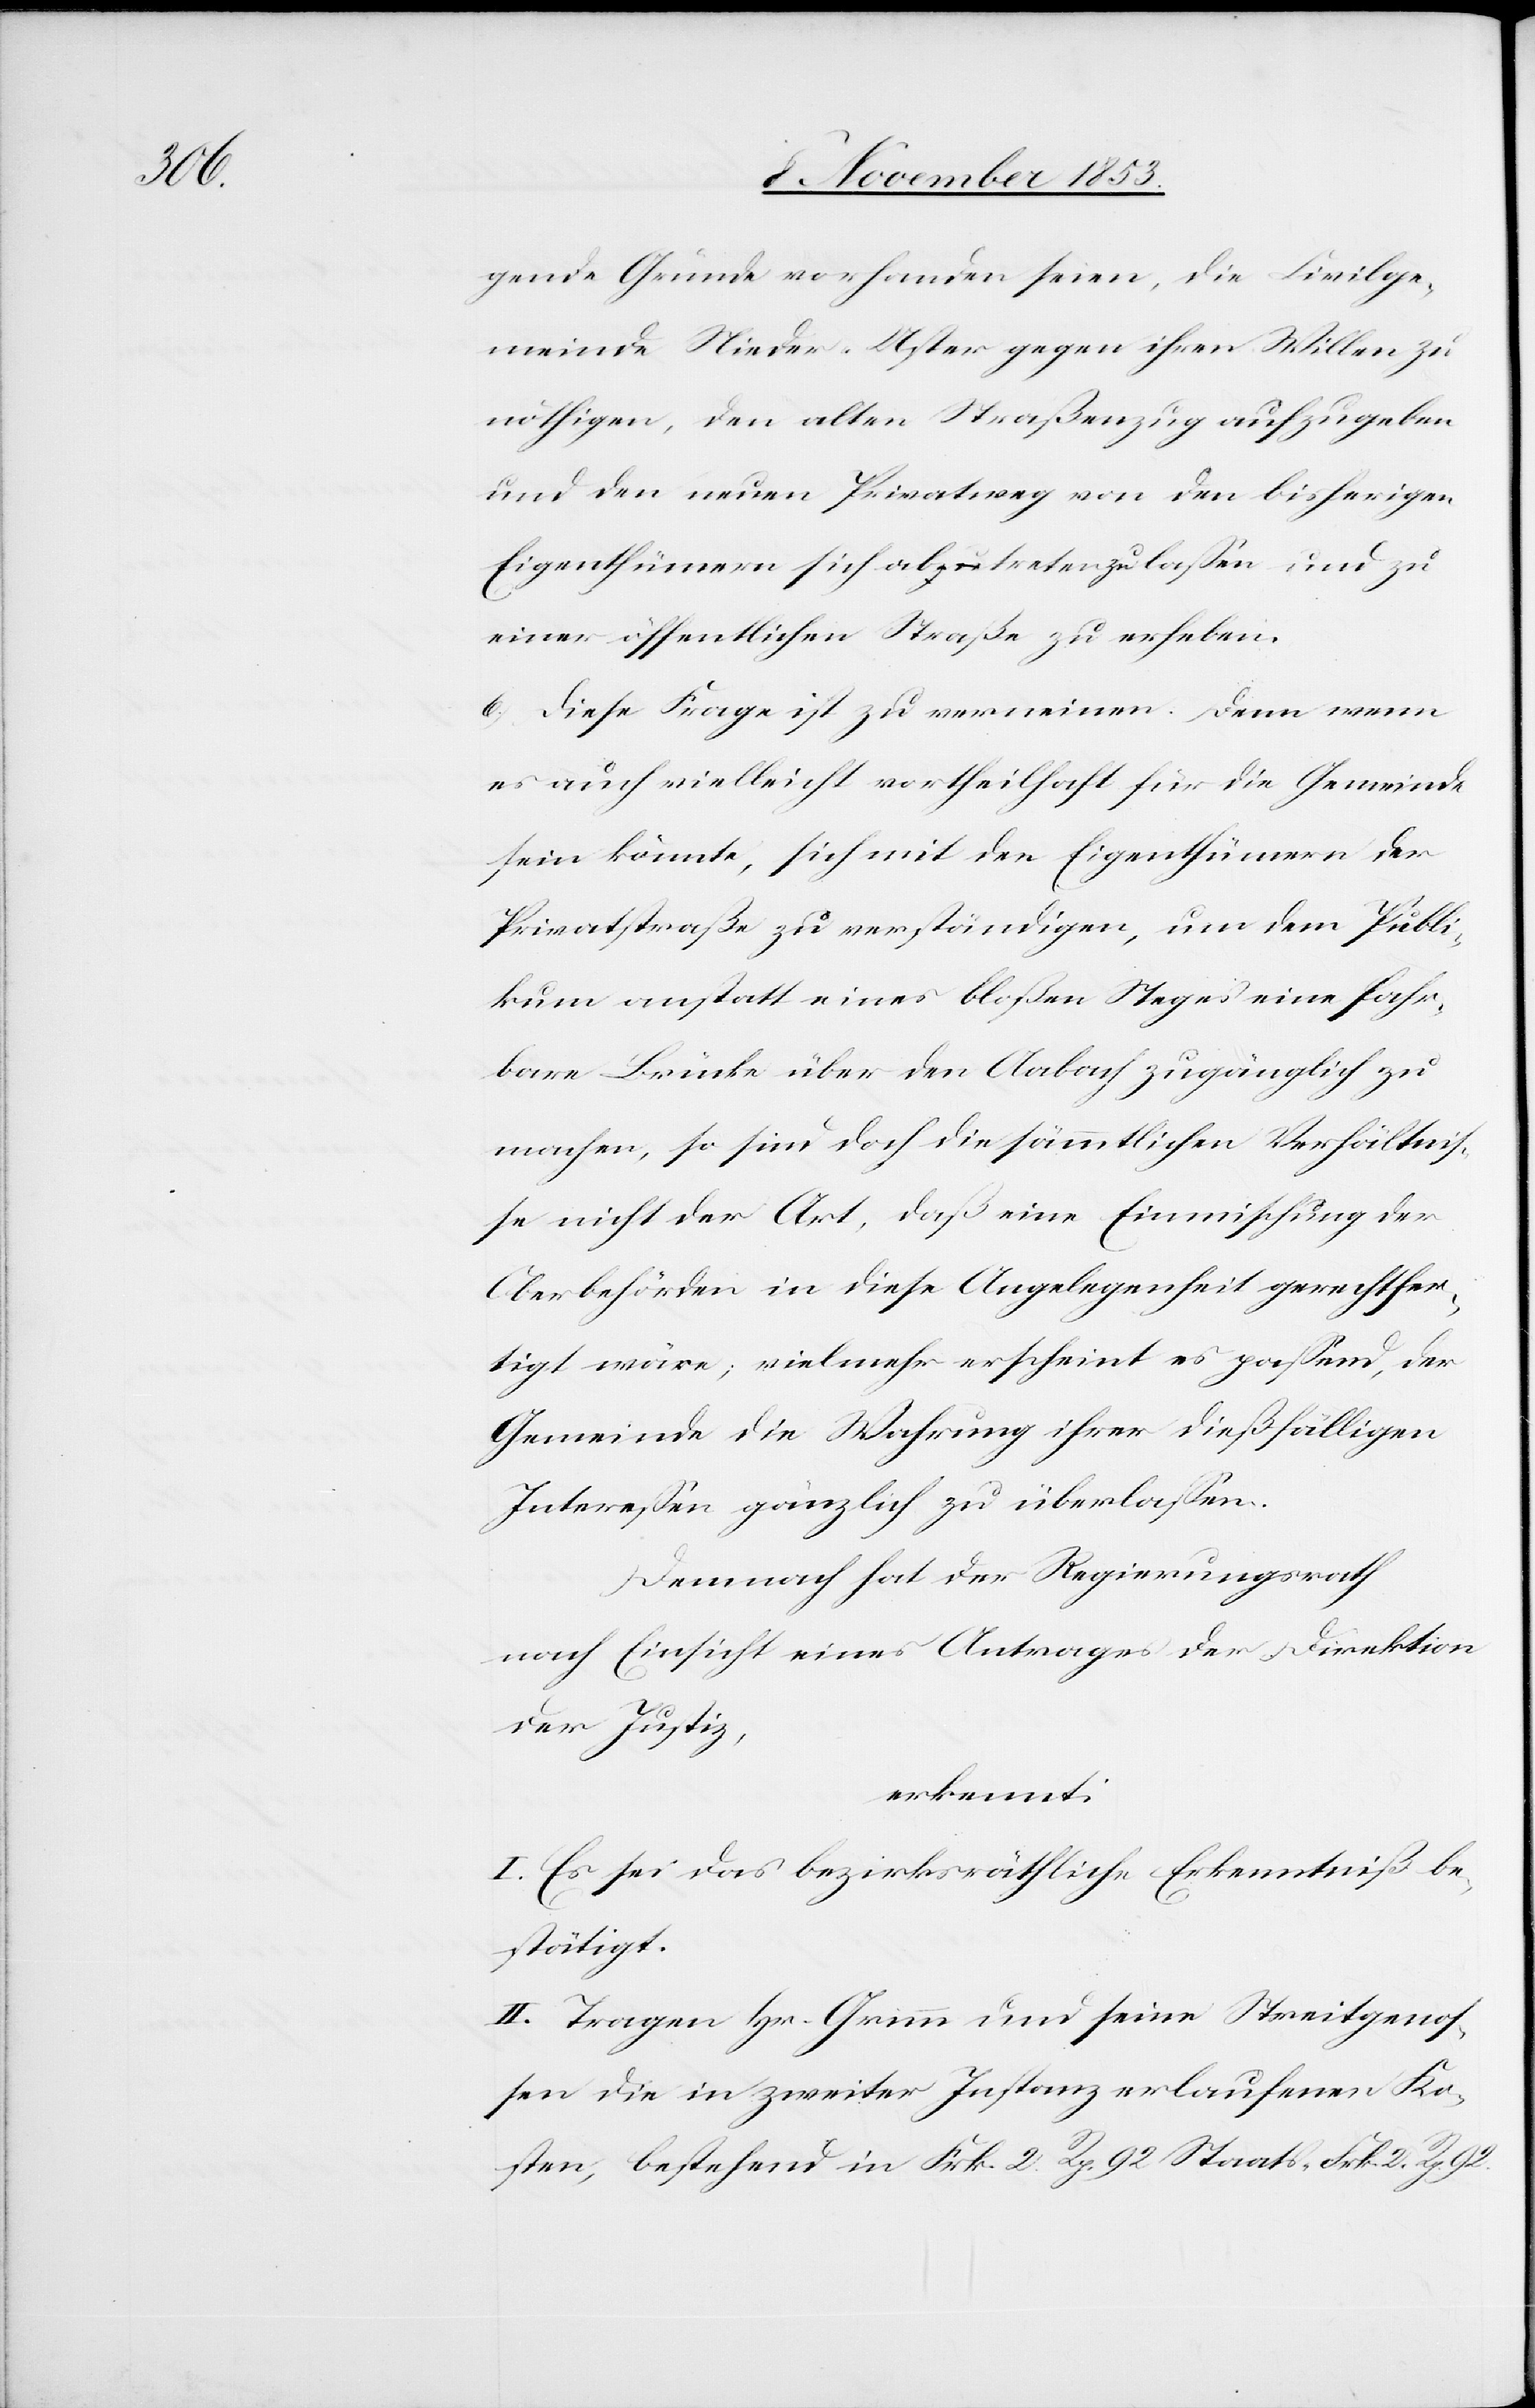
gende Gründe vorhanden seien, die Civilge¬
meinde Nieder-Uster gegen ihren Willen zu
nöthigen, den alten Straßenzug aufzugeben
und den neuen Privatweg von den bisherigen
Eigenthümern sich abzutreten zu laßen und zu
einer öffentlichen Straße zu erheben.
6) Diese Frage ist zu verneinen. Denn wenn
es auch vielleicht vorteilhaft für die Gemeinde
sein könnte, sich mit den Eigenthümern der
Privatstraße zu verständigen, um dem Publi¬
kum anstatt eines bloßen Steges eine fahr¬
bahre Brücke über den Aabach zugänglich zu
machen, so sind doch die sämmtlichen Verhältniß¬
e nicht der Art, daß eine Einmischung der
Oberbehörden in diese Angelegenheit gerechtfer¬
tigt wäre; vielmehr erscheint es paßend, der
Gemeinde die Wahrung ihrer dießfälligen
Intereßen gänzlich zu überlaßen.
Demnach hat der Regierungsrath
nach Einsicht eines Antrages der Direktion
der Justiz,
erkennt:
I. Es sei das bezirksräthliche Erkenntniß be¬
stätigt.
II. Tragen Hr. Grimm und seine Streitgenoß¬
en die in zweiter Instanz erlaufenen Ko¬
sten, bestehend in Frk. 2 Rp 92 Staats- Frk. 2 Rp.